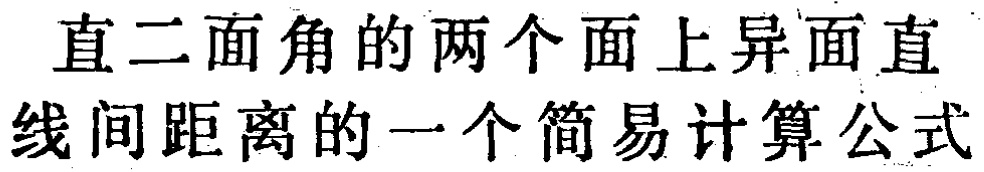
直二面角的两个面上异面直线间距离的一个简易计算公式